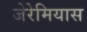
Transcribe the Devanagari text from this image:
जेरेमियास